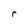
Character: r